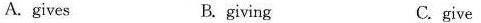
A.gives B. giving C. give